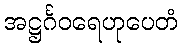
အဋ္ဌင်္ဂဝရေဟုပေတံ